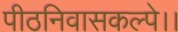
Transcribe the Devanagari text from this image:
पीठनिवासकल्पे।।